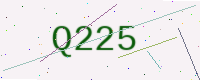
Text: Q225